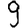
Digit: 9